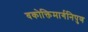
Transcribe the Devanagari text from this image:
वकोक्तिमार्गनिपुण